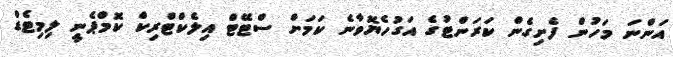
އަންނަ މަހުން ފެށިގެން ކަރަންޓުގެ އަގުހެޔޮވާނެ ކަމަށް ސްޓޭޓް އިލެކްޓްރިކް ކޮމްޕެނީ ލިމިޓެޑް